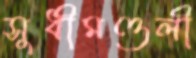
সুধীমণ্ডলী